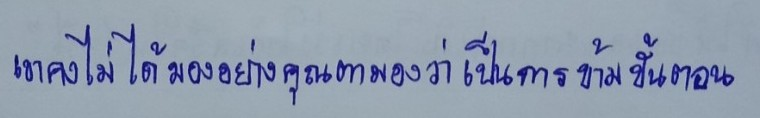
เขาคงไม่ได้มองอย่างคุณตามองว่าเป็นการข้ามขั้นตอน